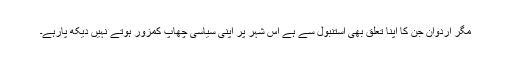
مگر اردوان جن کا اپنا تعلق بھی استنبول سے ہے اس شہر پر اپنی سیاسی چھاپ کمزور ہوتے نہیں دیکھ پارہے۔